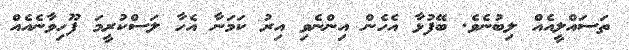
ތަސައްލީއެއް ލިބުނެވެ. ބޭފުޅާ އެހެން އިންނެވި އިރު ކަމަނާ އެހާ ލަސްކުރީމަ ފޫހިވާނެއެއް